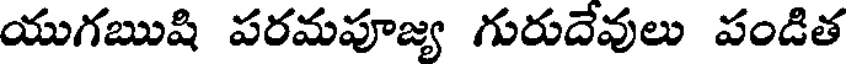
యుగఋషి పరమపూజ్య గురుదేవులు పండిత